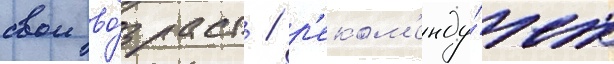
свои во́зраст / р'еком'енду́ет